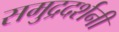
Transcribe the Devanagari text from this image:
समुद्रदर्शनी